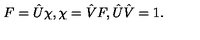
F = \hat { U } \chi , \chi = \hat { V } F , \hat { U } \hat { V } = 1 .